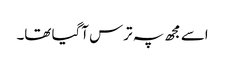
اسے مجھ پہ ترس آگیا تھا۔